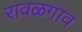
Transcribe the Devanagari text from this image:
रावळगाव